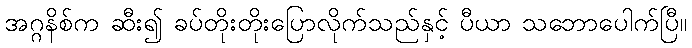
အဂ္ဂနိစ်က ဆီး၍ ခပ်တိုးတိုးပြောလိုက်သည်နှင့် ပီယာ သဘောပေါက်ပြီ။